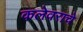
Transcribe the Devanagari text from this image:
कलेवराचे